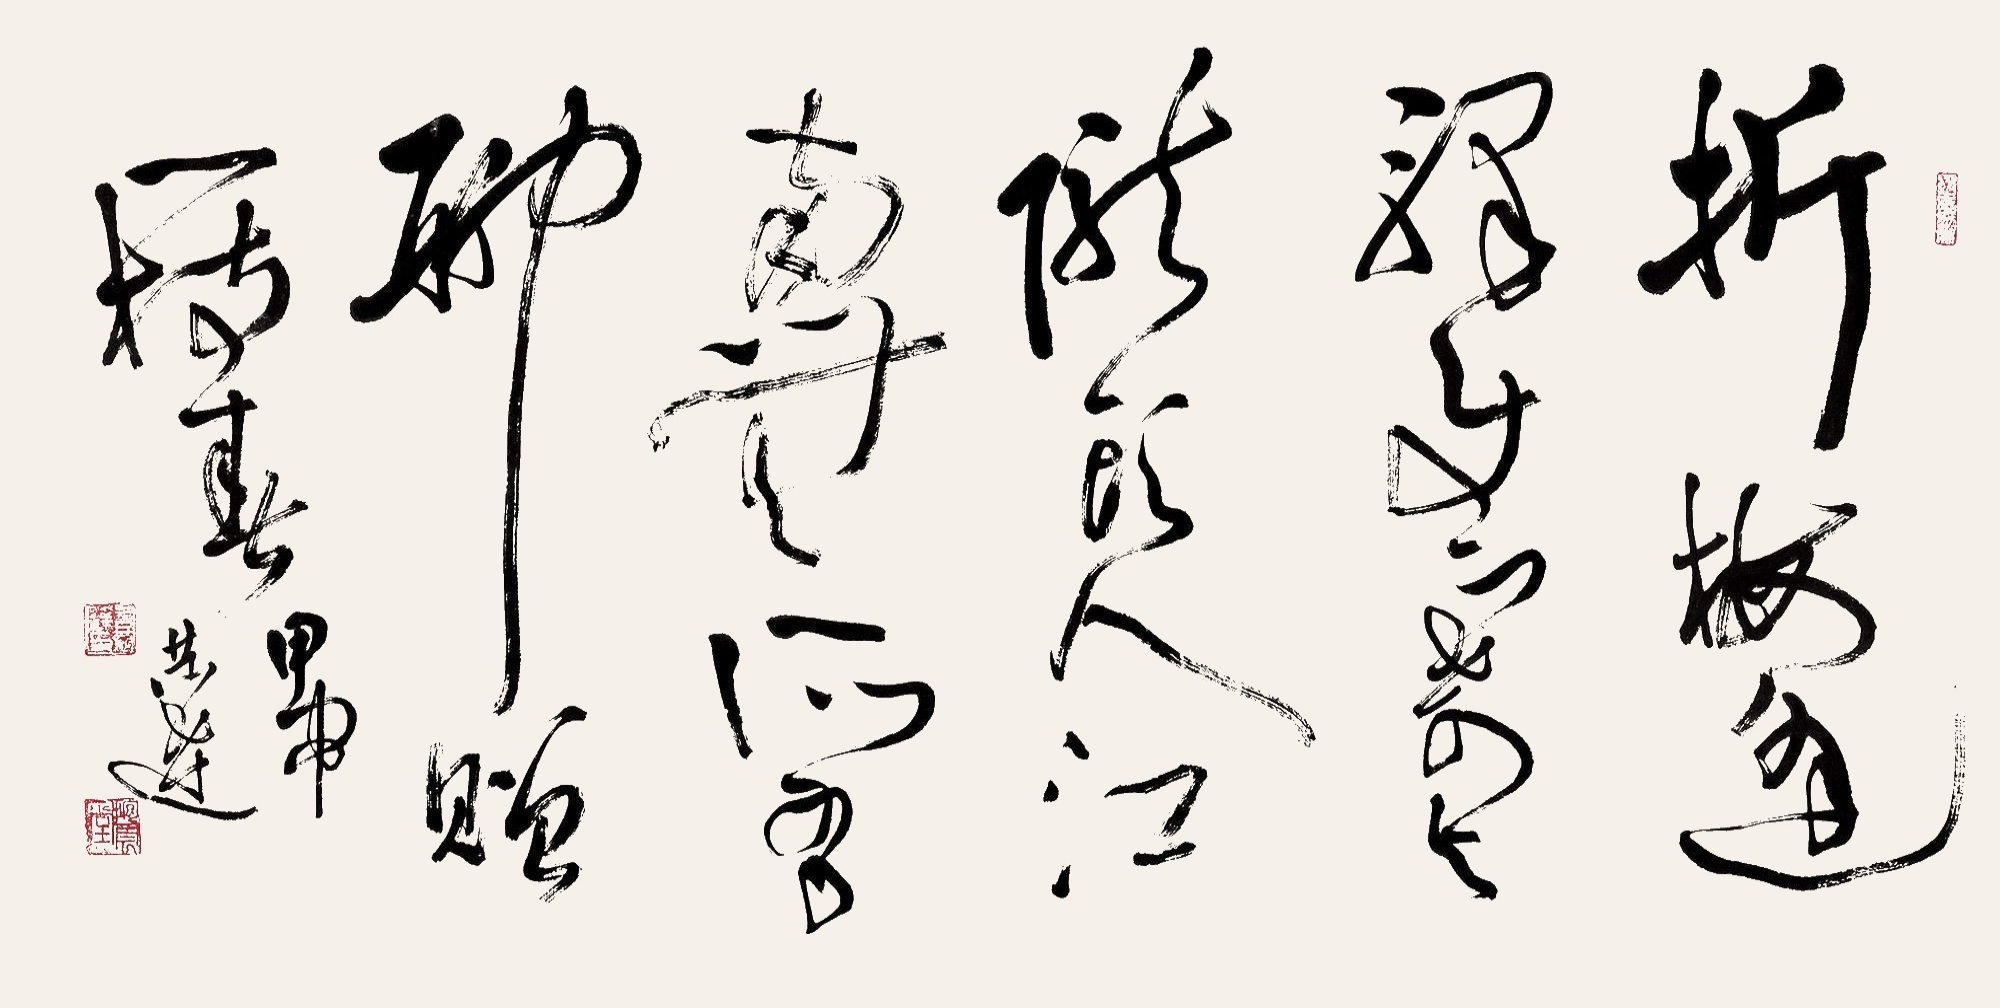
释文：折梅逢驿使，寄与陇头人。江南无所有，聊赠一枝春甲申恭达。